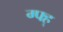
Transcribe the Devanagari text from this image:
ग्फ्ह्